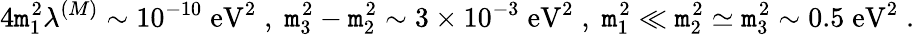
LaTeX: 4\mathtt{m}_{1}^{2}\lambda^{(M)}\sim10^{-10}\; \mathrm{{eV}}^{2}\; ,\; \mathtt{m}_{3}^{2}-\mathtt{m}_{2}^{2}\sim3\times10^{-3}\; \mathrm{{eV}}^{2}\; ,\; \mathtt{m}_{1}^{2}\ll\mathtt{m}_{2}^{2}\simeq\mathtt{m}_{3}^{2}\sim0.5\; \mathrm{{eV}}^{2}\; .